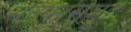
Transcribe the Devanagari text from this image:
सल्फासमूह